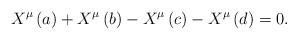
\begin{align*}X^\mu \left( a\right) +X^\mu \left( b\right) -X^\mu \left( c\right) -X^\mu\left( d\right) =0.\end{align*}